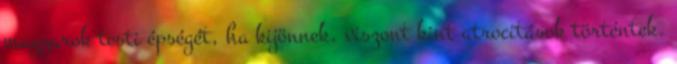
magyarok testi épségét, ha kijönnek, viszont kint atrocitások történtek.